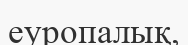
еуропалық,